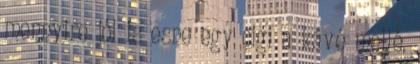
mennyire jól is esne egy cigi a kávé mellé.